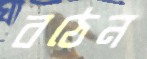
বঠেন